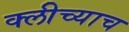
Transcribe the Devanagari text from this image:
क्लीच्याच